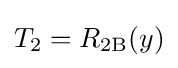
T_{2}=R_{\text{2B}}(y)